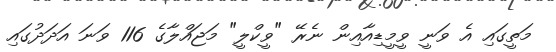
މަތީގައި އެ ވަނީ ވީމީޑިއާއިން ނެރޭ "ވީކްލީ" މަޖައްލާގެ 116 ވަނަ އަދަދުގައި